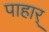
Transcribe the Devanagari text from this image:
पाहार्